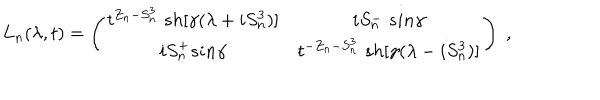
LaTeX: L _ { n } ( \lambda , t ) = \left( \begin{array} { c c } { { t ^ { Z _ { n } - S _ { n } ^ { 3 } } \; s h [ \gamma ( \lambda + i S _ { n } ^ { 3 } ) ] } } & { { i S _ { n } ^ { - } \; s i n \gamma } } \\ { { i S _ { n } ^ { + } s i n \gamma } } & { { t ^ { - Z _ { n } - S _ { n } ^ { 3 } } \; s h [ \gamma ( \lambda - i S _ { n } ^ { 3 } ) ] } } \\ \end{array} \right) \; ,